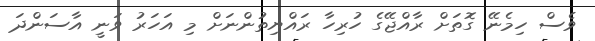
ވެސް ހިމެނޭ ގޮތަށް ރާއްޖޭގެ ހުރިހާ ރައްޔިތުންނަށް މި އަހަރު ވަނީ އާސަންދަ